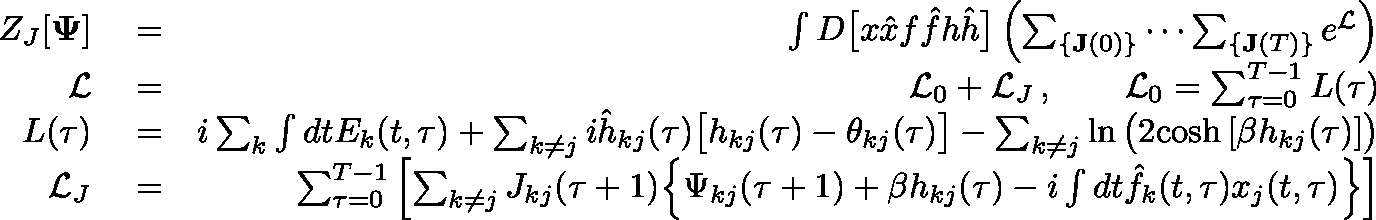
\begin{array} { r l r } { Z _ { J } [ \mathbf { \Psi } ] } & { { } = } & { \int D \big [ x \hat { x } f \hat { f } h \hat { h } \big ] \left( \sum _ { \{ \mathbf { J } ( 0 ) \} } \cdots \sum _ { \{ \mathbf { J } ( T ) \} } e ^ { \mathcal { L } } \right) } \\ { \mathcal { L } } & { { } = } & { \mathcal { L } _ { 0 } + \mathcal { L } _ { J } \, , \qquad \mathcal { L } _ { 0 } = \sum _ { \tau = 0 } ^ { T - 1 } L ( \tau ) } \\ { L ( \tau ) } & { { } = } & { i \sum _ { k } \int d t E _ { k } ( t , \tau ) + \sum _ { k \neq j } i \hat { h } _ { k j } ( \tau ) \big [ h _ { k j } ( \tau ) - \theta _ { k j } ( \tau ) \big ] - \sum _ { k \neq j } \ln \big ( 2 \mathrm { c o s h } \, [ \beta h _ { k j } ( \tau ) ] \big ) } \\ { \mathcal { L } _ { J } } & { { } = } & { \sum _ { \tau = 0 } ^ { T - 1 } \left[ \sum _ { k \neq j } J _ { k j } ( \tau + 1 ) \Big \{ \Psi _ { k j } ( \tau + 1 ) + \beta h _ { k j } ( \tau ) - i \int d t \hat { f } _ { k } ( t , \tau ) x _ { j } ( t , \tau ) \Big \} \right] } \end{array}